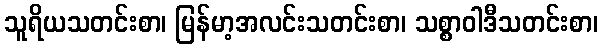
သူရိယသတင်းစာ၊ မြန်မာ့အလင်းသတင်းစာ၊ သစ္စာဝါဒီသတင်းစာ၊